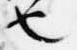
也